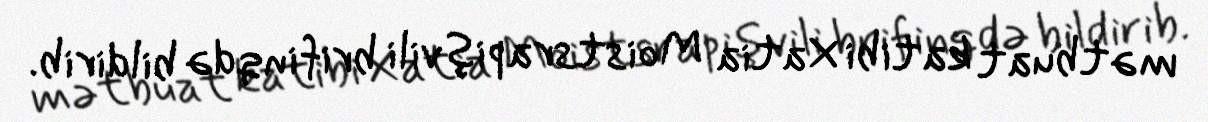
mətbuat katibi Xatia Moistsrapişvili brifinqdə bildirib.